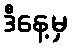
ဒီနေ့မှ